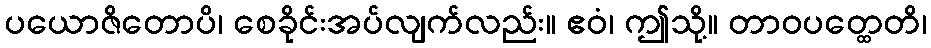
ပယောဇိတောပိ၊ စေခိုင်းအပ်လျက်လည်း။ ဧဝံ၊ ဤသို့။ တာဝပတ္ထေတိ၊